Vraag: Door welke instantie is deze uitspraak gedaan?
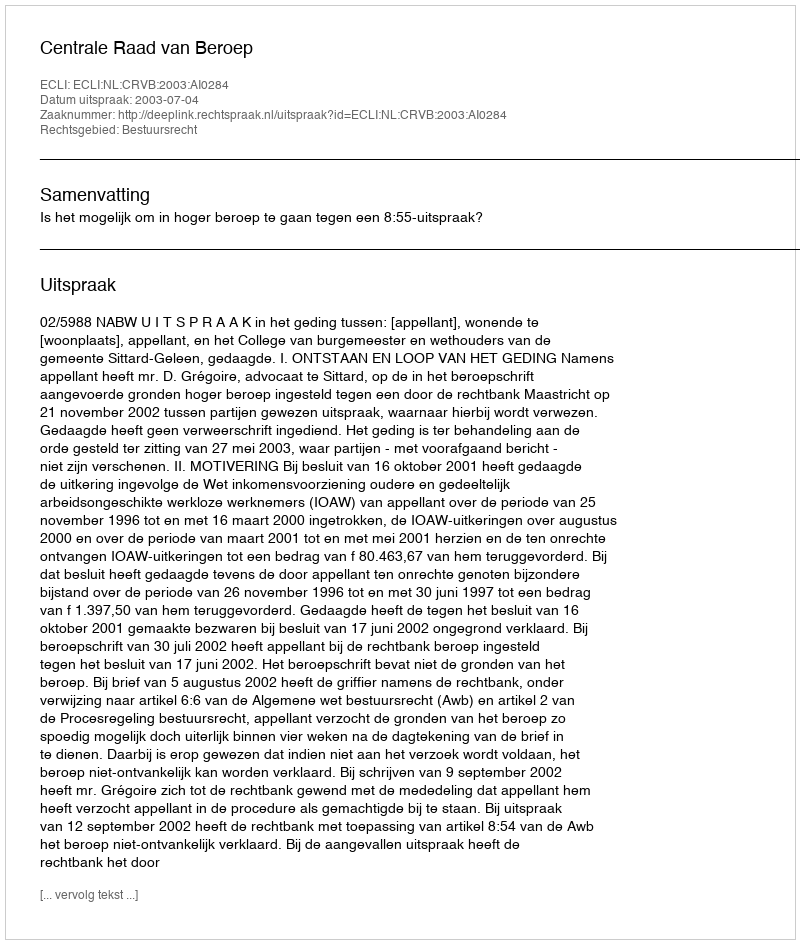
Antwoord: Centrale Raad van Beroep